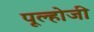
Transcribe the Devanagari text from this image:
पूल्होजी